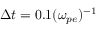
\Delta t = 0 . 1 ( \omega _ { p e } ) ^ { - 1 }